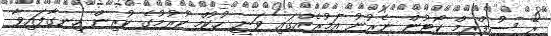
ރޭ ސުޕްރީމް ކޯޓުން ނެރުނު އަމުރެއްގައި ވަނީ ހުކުމް ކުރުމުގެ ކުރިން ހިނގާފައިވާ